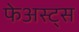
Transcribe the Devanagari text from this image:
फेअस्ट्स